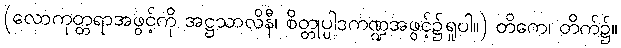
(လောကုတ္တရာအဖွင့်ကို အဋ္ဌသာလိနီ၊ စိတ္တုပ္ပါဒကဏ္ဍအဖွင့်၌ရှုပါ။) တိကေ၊ တိက်၌။